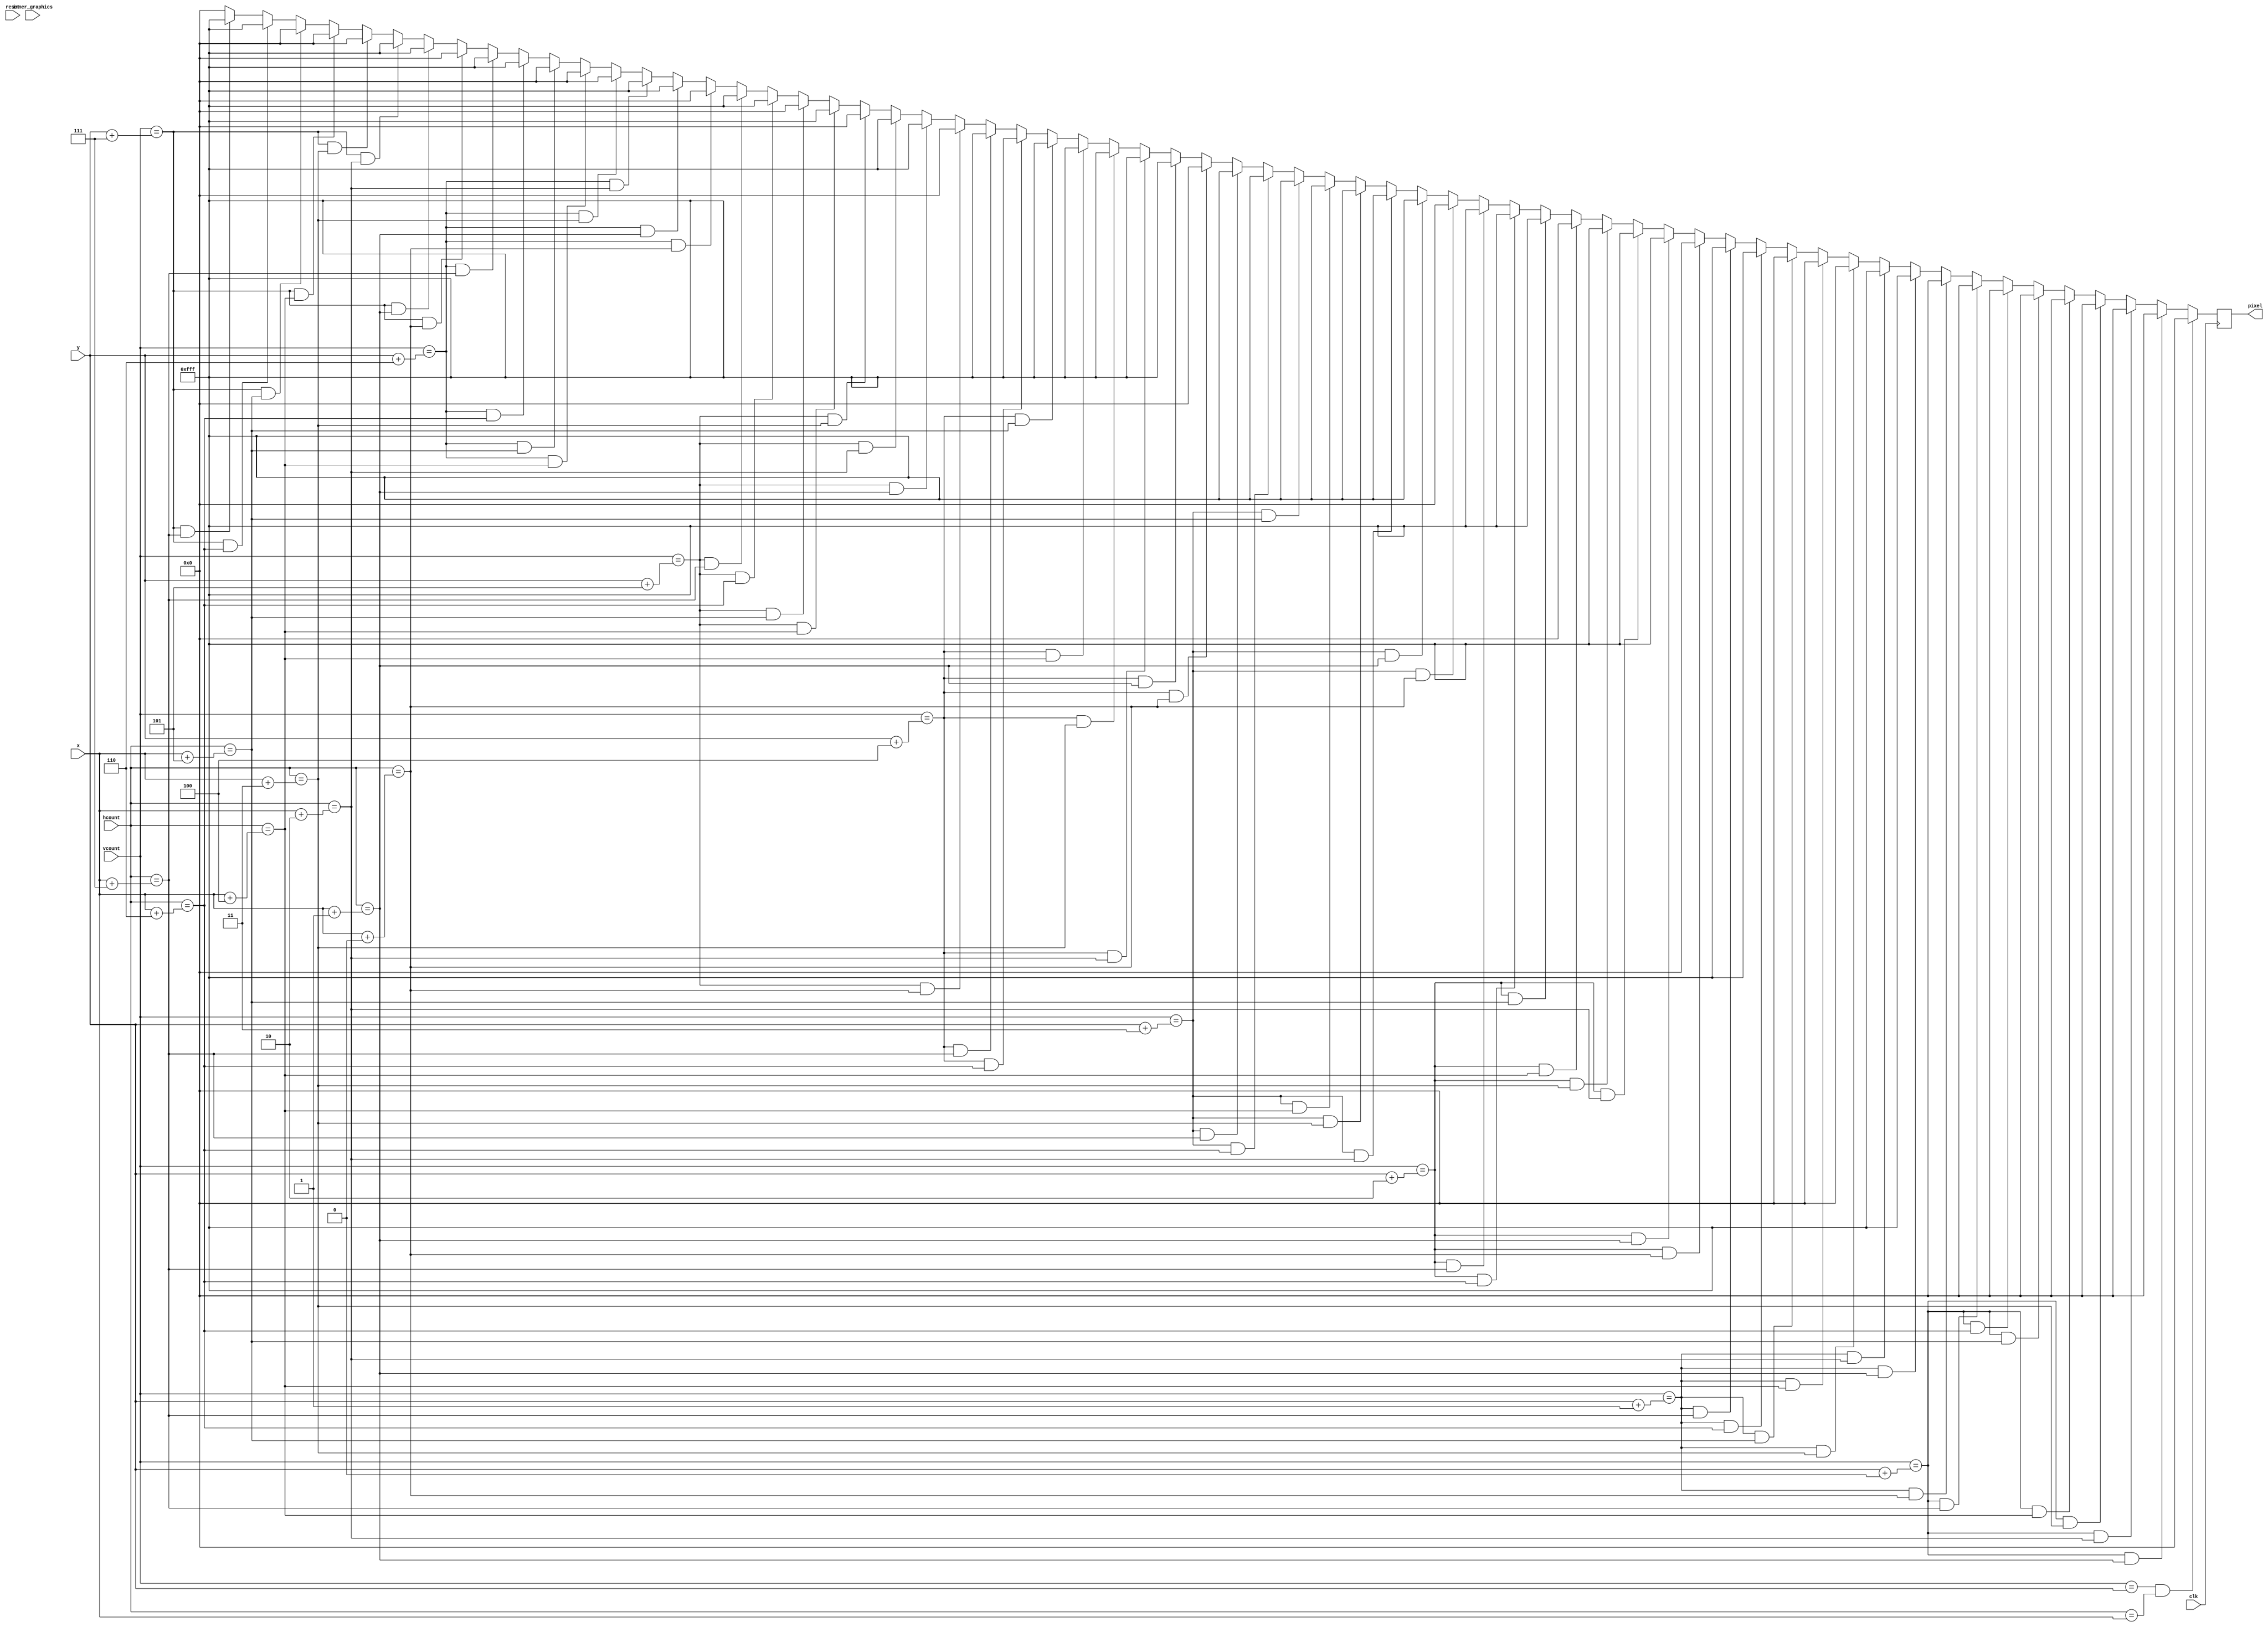
module letter_m (
    input clk,
    input reset,
    input inner_graphics,
    input [10:0] hcount,
    input [9:0] vcount,
    input [10:0] x,
    input [9:0] y,
    output reg [11:0] pixel
    );

    always @(posedge clk) begin
        if (vcount == y && hcount == x) pixel <= 12'h000;
        else if (vcount == y + 0 && hcount == x + 1) pixel <= 12'h000;
        else if (vcount == y + 0 && hcount == x + 2) pixel <= 12'h000;
        else if (vcount == y + 0 && hcount == x + 3) pixel <= 12'h000;
        else if (vcount == y + 0 && hcount == x + 4) pixel <= 12'h000;
        else if (vcount == y + 0 && hcount == x + 5) pixel <= 12'h000;
        else if (vcount == y + 0 && hcount == x + 6) pixel <= 12'h000;
        else if (vcount == y + 0 && hcount == x + 7) pixel <= 12'h000;
        else if (vcount == y + 1 && hcount == x + 0) pixel <= 12'h000;
        else if (vcount == y + 1 && hcount == x + 1) pixel <= 12'hFFF;
        else if (vcount == y + 1 && hcount == x + 2) pixel <= 12'hFFF;
        else if (vcount == y + 1 && hcount == x + 3) pixel <= 12'h000;
        else if (vcount == y + 1 && hcount == x + 4) pixel <= 12'h000;
        else if (vcount == y + 1 && hcount == x + 5) pixel <= 12'h000;
        else if (vcount == y + 1 && hcount == x + 6) pixel <= 12'hFFF;
        else if (vcount == y + 1 && hcount == x + 7) pixel <= 12'hFFF;
        else if (vcount == y + 2 && hcount == x + 0) pixel <= 12'h000;
        else if (vcount == y + 2 && hcount == x + 1) pixel <= 12'hFFF;
        else if (vcount == y + 2 && hcount == x + 2) pixel <= 12'hFFF;
        else if (vcount == y + 2 && hcount == x + 3) pixel <= 12'hFFF;
        else if (vcount == y + 2 && hcount == x + 4) pixel <= 12'h000;
        else if (vcount == y + 2 && hcount == x + 5) pixel <= 12'hFFF;
        else if (vcount == y + 2 && hcount == x + 6) pixel <= 12'hFFF;
        else if (vcount == y + 2 && hcount == x + 7) pixel <= 12'hFFF;
        else if (vcount == y + 3 && hcount == x + 0) pixel <= 12'h000;
        else if (vcount == y + 3 && hcount == x + 1) pixel <= 12'hFFF;
        else if (vcount == y + 3 && hcount == x + 2) pixel <= 12'hFFF;
        else if (vcount == y + 3 && hcount == x + 3) pixel <= 12'hFFF;
        else if (vcount == y + 3 && hcount == x + 4) pixel <= 12'hFFF;
        else if (vcount == y + 3 && hcount == x + 5) pixel <= 12'hFFF;
        else if (vcount == y + 3 && hcount == x + 6) pixel <= 12'hFFF;
        else if (vcount == y + 3 && hcount == x + 7) pixel <= 12'hFFF;
        else if (vcount == y + 4 && hcount == x + 0) pixel <= 12'h000;
        else if (vcount == y + 4 && hcount == x + 1) pixel <= 12'hFFF;
        else if (vcount == y + 4 && hcount == x + 2) pixel <= 12'hFFF;
        else if (vcount == y + 4 && hcount == x + 3) pixel <= 12'hFFF;
        else if (vcount == y + 4 && hcount == x + 4) pixel <= 12'hFFF;
        else if (vcount == y + 4 && hcount == x + 5) pixel <= 12'hFFF;
        else if (vcount == y + 4 && hcount == x + 6) pixel <= 12'hFFF;
        else if (vcount == y + 4 && hcount == x + 7) pixel <= 12'hFFF;
        else if (vcount == y + 5 && hcount == x + 0) pixel <= 12'h000;
        else if (vcount == y + 5 && hcount == x + 1) pixel <= 12'hFFF;
        else if (vcount == y + 5 && hcount == x + 2) pixel <= 12'hFFF;
        else if (vcount == y + 5 && hcount == x + 3) pixel <= 12'h000;
        else if (vcount == y + 5 && hcount == x + 4) pixel <= 12'hFFF;
        else if (vcount == y + 5 && hcount == x + 5) pixel <= 12'h000;
        else if (vcount == y + 5 && hcount == x + 6) pixel <= 12'hFFF;
        else if (vcount == y + 5 && hcount == x + 7) pixel <= 12'hFFF;
        else if (vcount == y + 6 && hcount == x + 0) pixel <= 12'h000;
        else if (vcount == y + 6 && hcount == x + 1) pixel <= 12'hFFF;
        else if (vcount == y + 6 && hcount == x + 2) pixel <= 12'hFFF;
        else if (vcount == y + 6 && hcount == x + 3) pixel <= 12'h000;
        else if (vcount == y + 6 && hcount == x + 4) pixel <= 12'h000;
        else if (vcount == y + 6 && hcount == x + 5) pixel <= 12'h000;
        else if (vcount == y + 6 && hcount == x + 6) pixel <= 12'hFFF;
        else if (vcount == y + 6 && hcount == x + 7) pixel <= 12'hFFF;
        else if (vcount == y + 7 && hcount == x + 0) pixel <= 12'h000;
        else if (vcount == y + 7 && hcount == x + 1) pixel <= 12'hFFF;
        else if (vcount == y + 7 && hcount == x + 2) pixel <= 12'hFFF;
        else if (vcount == y + 7 && hcount == x + 3) pixel <= 12'h000;
        else if (vcount == y + 7 && hcount == x + 4) pixel <= 12'h000;
        else if (vcount == y + 7 && hcount == x + 5) pixel <= 12'h000;
        else if (vcount == y + 7 && hcount == x + 6) pixel <= 12'hFFF;
        else if (vcount == y + 7 && hcount == x + 7) pixel <= 12'hFFF;
        else pixel <= 12'h000;
    end
endmodule